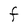
Character: F